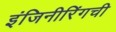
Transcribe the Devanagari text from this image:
इंजिनीरिंगची